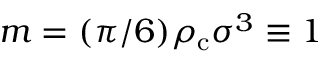
m = ( \pi / 6 ) \rho _ { \mathrm { c } } \sigma ^ { 3 } \equiv 1